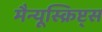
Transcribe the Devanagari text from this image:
मैन्यूस्क्रिप्ट्स